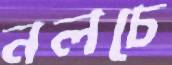
নলচে